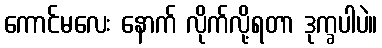
ကောင်မလေး နောက် လိုက်လို့ရတာ ဒုက္ခပါပဲ။